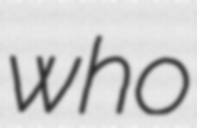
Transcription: who